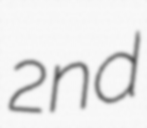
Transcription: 2nd